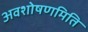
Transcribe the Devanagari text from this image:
अवशोषणमिति